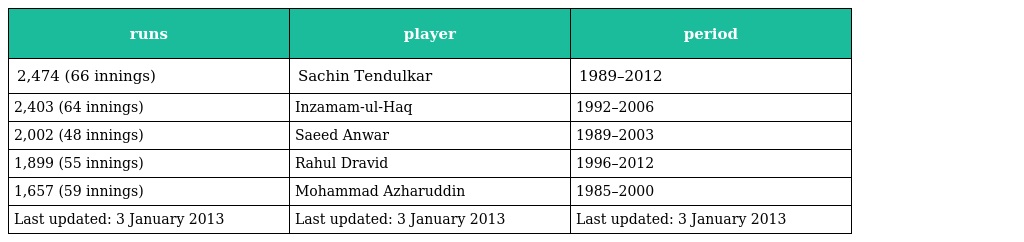
| runs | player | period |
 | --- | --- | --- |
 | 2,474 (66 innings) | Sachin Tendulkar | 1989–2012 |
 | 2,403 (64 innings) | Inzamam-ul-Haq | 1992–2006 |
 | 2,002 (48 innings) | Saeed Anwar | 1989–2003 |
 | 1,899 (55 innings) | Rahul Dravid | 1996–2012 |
 | 1,657 (59 innings) | Mohammad Azharuddin | 1985–2000 |
 | Last updated: 3 January 2013 | Last updated: 3 January 2013 | Last updated: 3 January 2013 |